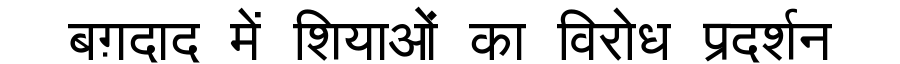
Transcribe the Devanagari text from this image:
बग़दाद में शियाओं का विरोध प्रदर्शन